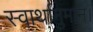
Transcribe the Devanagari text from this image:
स्वार्थानुमान।